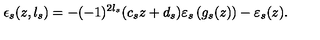
\epsilon _ { s } ( z , l _ { s } ) = - ( - 1 ) ^ { 2 l _ { s } } ( c _ { s } z + d _ { s } ) \varepsilon _ { s } \left( g _ { s } ( z ) \right) - \varepsilon _ { s } ( z ) .